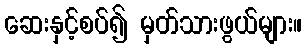
ဆေးနှင့်စပ်၍ မှတ်သားဖွယ်များ။